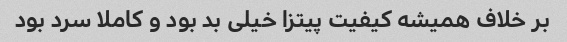
بر خلاف همیشه کیفیت پیتزا خیلی بد بود و کاملا سرد بود